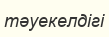
тәуекелдігі